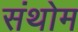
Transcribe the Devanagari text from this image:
संथोम